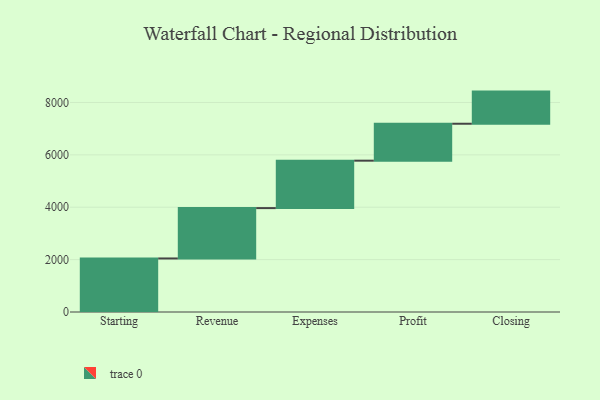
{"axis": {"x": "Step", "y": "Value"}, "legend": [""], "data": [{"x": "Starting", "y": 2044.0, "type": ""}, {"x": "Revenue", "y": 1923.0, "type": ""}, {"x": "Expenses", "y": 1811.0, "type": ""}, {"x": "Profit", "y": 1410.0, "type": ""}, {"x": "Closing", "y": 1227.0, "type": ""}]}